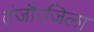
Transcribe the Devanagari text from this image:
तंजौरजिला